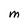
Character: M